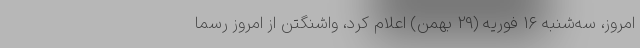
امروز، سه‌شنبه ۱۶ فوریه (29 بهمن) اعلام کرد، واشنگتن از امروز رسما